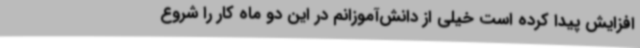
افزایش پیدا کرده است خیلی از دانش‌آموزانم در این دو ماه کار را شروع